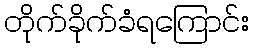
တိုက်ခိုက်ခံရကြောင်း